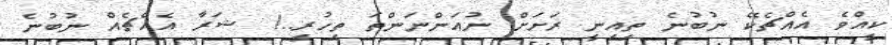
ކީއްވެ އެއްޗެކޭ ނުބުނެ ތިއިނީ ރަށަށް ނުއަންނަންތަ ތިހުރީ..! ޝަރާ އެއްޗެއް ނުބުނެ